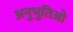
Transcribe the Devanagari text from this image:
अनुभुतिओ